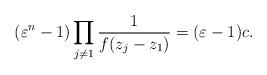
LaTeX: \begin{align*} (\varepsilon^{n} - 1) \prod_{j \ne 1} {1 \over f(z_j - z_1)} = (\varepsilon - 1) c.\end{align*}